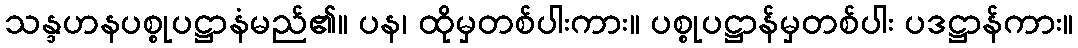
သန္ဒဟနပစ္စုပဋ္ဌာနံမည်၏။ ပန၊ ထိုမှတစ်ပါးကား။ ပစ္စုပဋ္ဌာန်မှတစ်ပါး ပဒဋ္ဌာန်ကား။